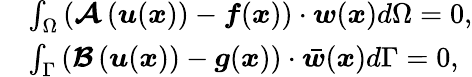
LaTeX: \begin{array}{rl}&{\int_{\Omega}\left(\boldsymbol{\mathcal{A}}\left(\boldsymbol{u}(\boldsymbol{x})\right)-\boldsymbol{f}(\boldsymbol{x})\right)\cdot\boldsymbol{w}(\boldsymbol{x})d\Omega=0,}\\ &{\int_{\Gamma}\left(\boldsymbol{\mathcal{B}}\left(\boldsymbol{u}(\boldsymbol{x})\right)-\boldsymbol{g}(\boldsymbol{x})\right)\cdot\boldsymbol{\bar{w}}(\boldsymbol{x})d\Gamma=0,}\end{array}